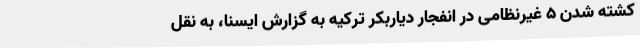
کشته شدن 5 غیرنظامی در انفجار دیاربکر ترکیه به گزارش ایسنا، به نقل